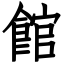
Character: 館